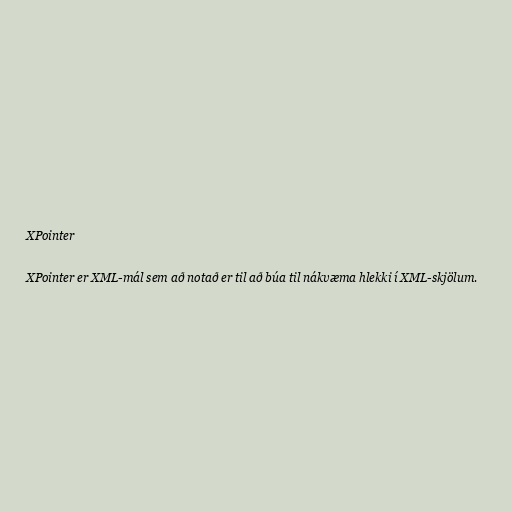
XPointer

XPointer er XML-mál sem að notað er til að búa til nákvæma hlekki í XML-skjölum.